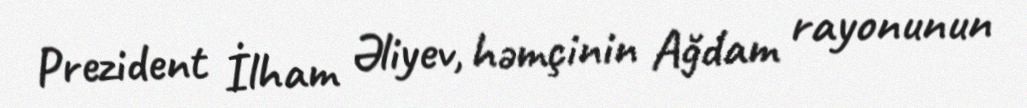
Prezident İlham Əliyev, həmçinin Ağdam rayonunun